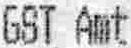
GST AMT